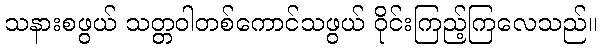
သနားစဖွယ် သတ္တဝါတစ်ကောင်သဖွယ် ဝိုင်းကြည့်ကြလေသည်။